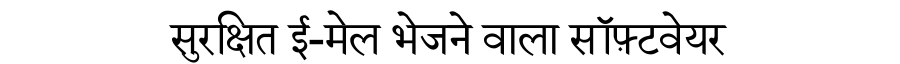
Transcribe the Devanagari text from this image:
सुरक्षित ई-मेल भेजने वाला सॉफ़्टवेयर